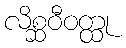
လိစ္ဆဝီဝတ္ထု